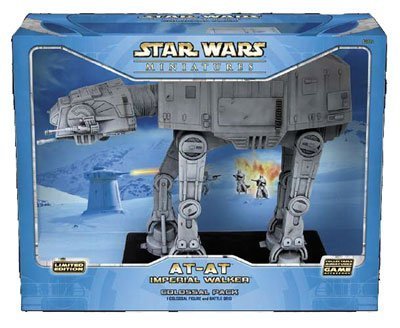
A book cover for Star Wars Miniatures AT-At Imperial Walker Colossal Pack (1 Colossal Figure & Battle Grid); Wizards Team; Science Fiction & Fantasy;